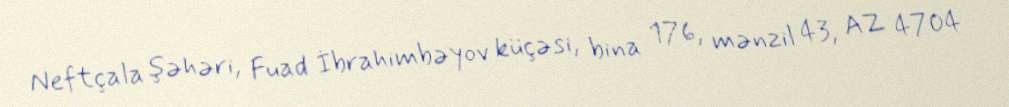
Neftçala şəhəri, Fuad İbrahimbəyov küçəsi, bina 176, mənzil 43, AZ 4704